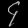
Digit: ၄